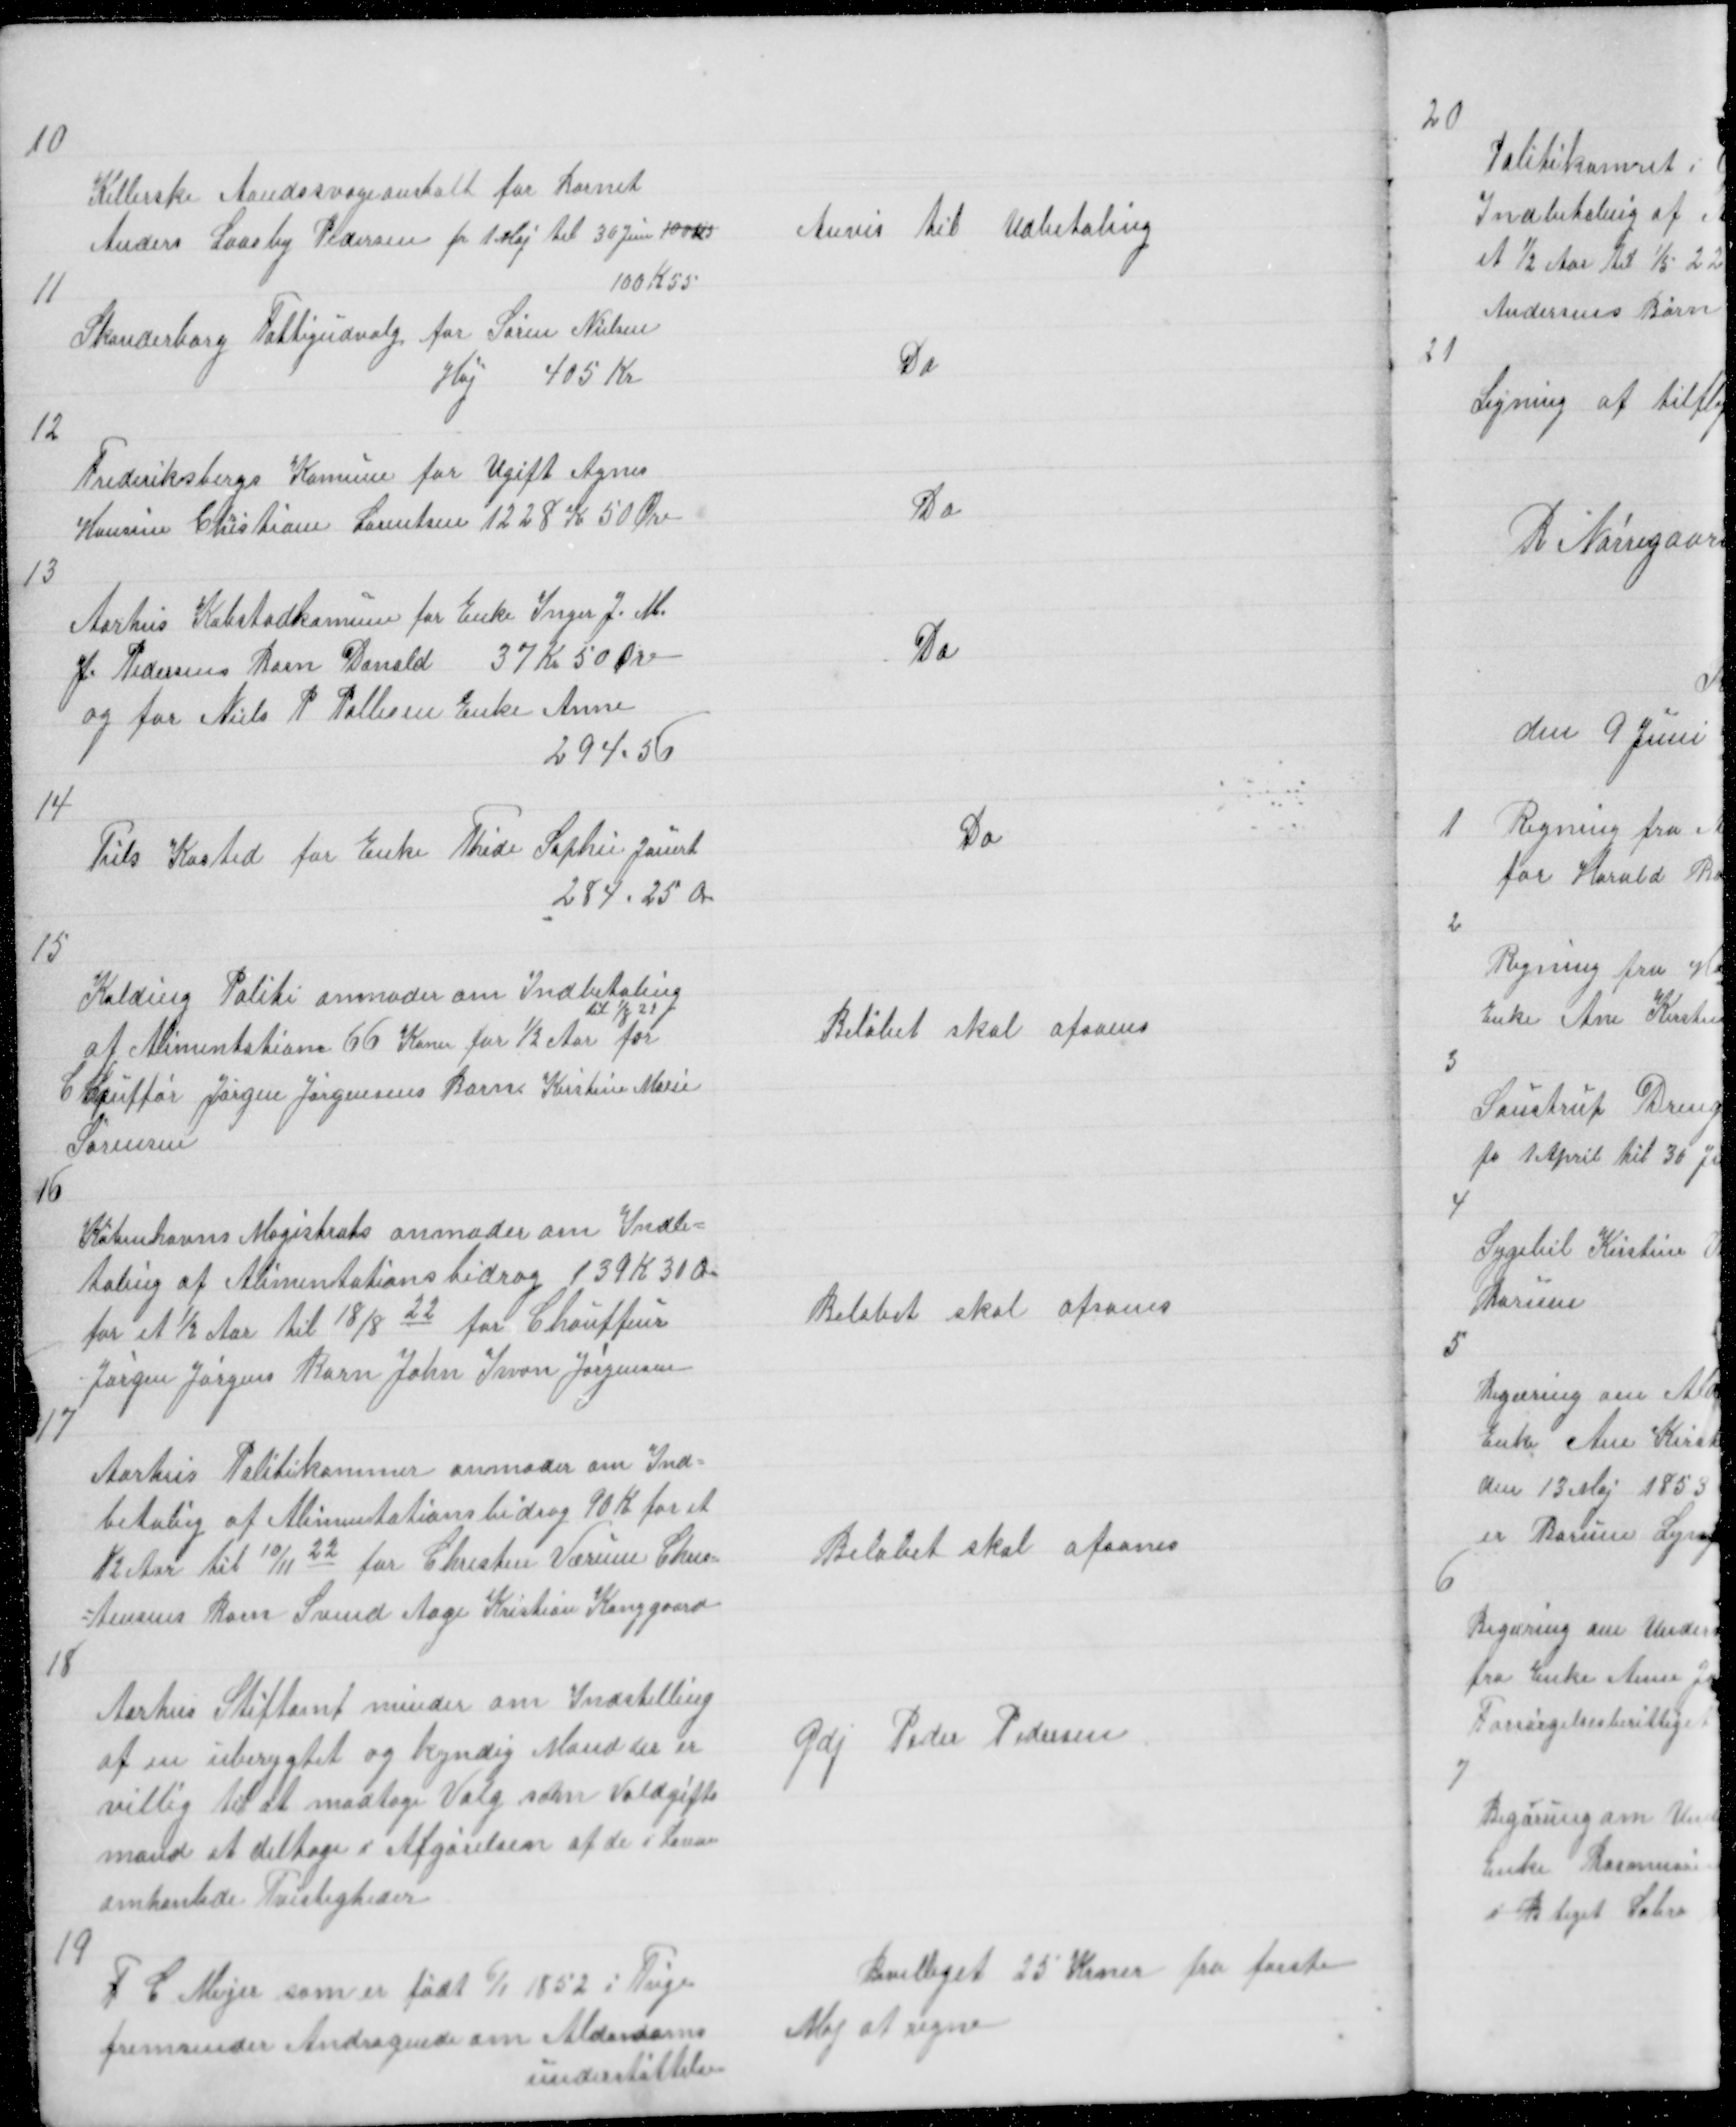
Transskription:
10

Kellerske Aandssvageanstalt for Barnet
Anders Laasby Pedersen fr 1 Maj til 30 Juni 100 Kr
100 K 55

Anvis til Udbetaling

11

Skanderborg Fattigudvalg for Søren Nielsen
Høj 405 Kr

Do

12

Frederiksbergs Komune for Ugift Agnes
Hansine Christiane Lorentsen 1228 K 50 Øre

Do

13

Aarhus Købstadkomune for Enke Inger J. M.
J. Pedersens Barn Donald 37 Kr 50 Øre
og for Niels P Pallesen Enke Anne
294.56

Do

14

Tils Kasted for Enke Thide Sophie Jauert
284.25 Øre

Do

15

Kolding Politi anmoder om Indbetaling
af Alimentation 66 Krner for ½ Aar
til 1/8 22
for
Chauffør Jørgen Jørgensens Barn Kirstine Marie
Sørensen

Beløbet skal afsones

16

Københavns Magistrats anmoder om Indbe=
taling af Alimentationsbidrag 139 K 30 Øre
for et ½ Aar til 18/8 22 for Chauffør
Jørgen Jørgens Barn John Iwan Jørgensen

Beløbet skal afsones

17

Aarhus Politikammer anmoder om Ind=
betaling af Alimentationsbidrag 90 K for et
½ Aar til 10/11 22 Chresten Værum Chris= 
=tensens Barn Svend Aage Kristian Kanggaard

Beløbet skal afsones

18

Aarhus Stiftamt minder om Indstilling
af en uberygtet og kyndig Mand der er
villig til at modtage Valg som Voldgifts
mand at deltage i Afgørelsen af de i Loven
omhanlede Tvistigheder

Gdj Peder Pedersen

19

F C Meyer som er født 6/1 1852 i Trige
fremsender Andragende om Alderdoms
understøttelse

Bevilliget 25 Krner fra første
Maj at regne